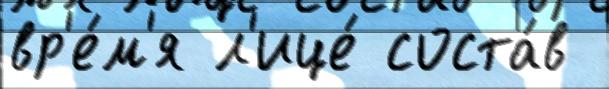
вр'е́м'я л'ице́ соста́в